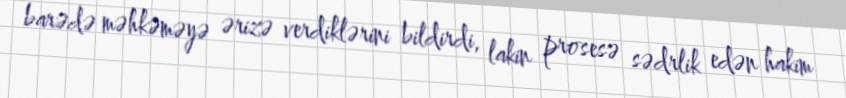
barədə məhkəməyə ərizə verdiklərini bildirdi, lakin prosesə sədrlik edən hakim